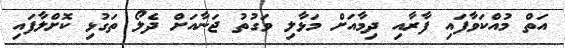
އަތް މުއްކަވާފައި ފާރާއި ދިމާއަށް މަޅާލި ވަގުތު ޖަނާއަށް ދެލޯ ތަގުޅި ކޮށްލާފައި